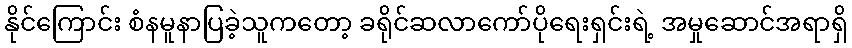
နိုင်ကြောင်း စံနမူနာပြခဲ့သူကတော့ ခရိုင်ဆလာကော်ပိုရေးရှင်းရဲ့ အမှုဆောင်အရာရှိ